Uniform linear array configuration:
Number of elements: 8
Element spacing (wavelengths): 0.5
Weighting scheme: cosine
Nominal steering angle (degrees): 30
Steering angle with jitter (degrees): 31.085
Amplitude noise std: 0.05
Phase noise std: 0.05

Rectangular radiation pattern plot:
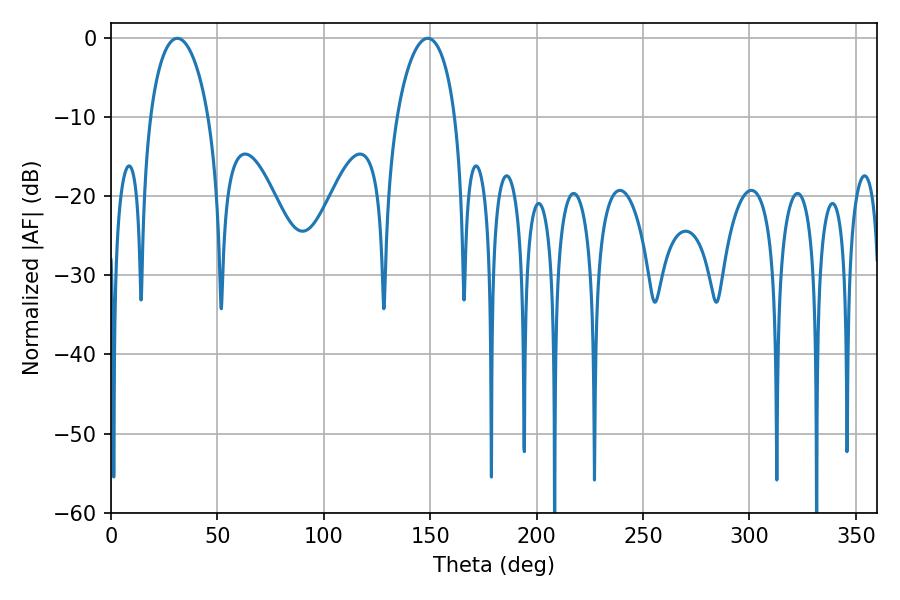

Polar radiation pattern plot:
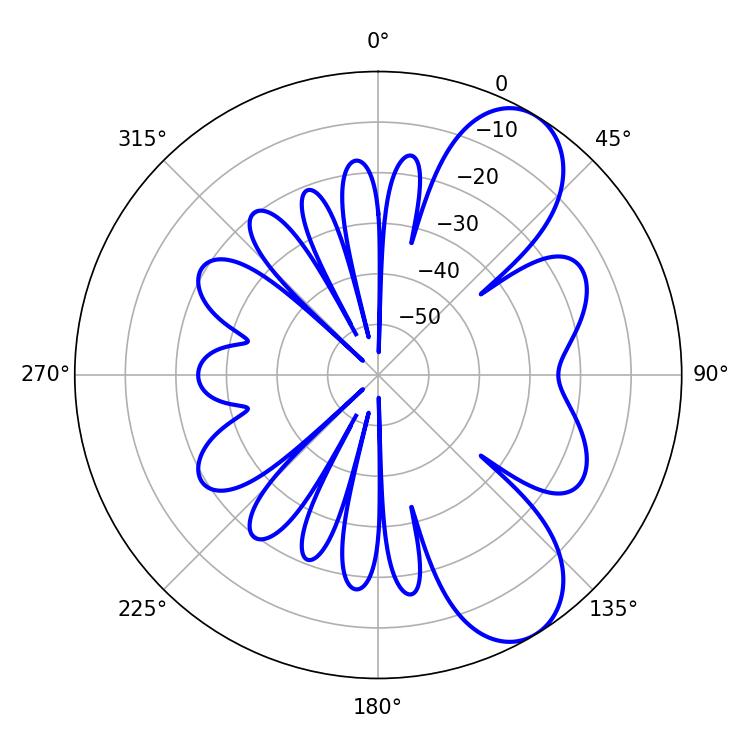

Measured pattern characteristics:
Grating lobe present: FALSE
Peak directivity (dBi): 8.12
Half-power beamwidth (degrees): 15.66
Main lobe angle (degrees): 31.14